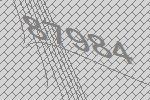
87984